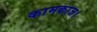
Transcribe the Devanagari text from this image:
कामकाज।